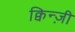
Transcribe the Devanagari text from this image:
क्विन्ज़ी